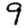
Digit: 9